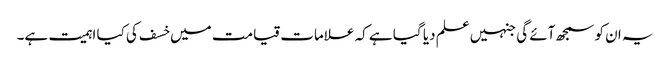
یہ ان کو سمجھ آئے گی جنہیں علم دیا گیا ہے کہ علامات قیامت میں خسف کی کیا اہمیت ہے۔